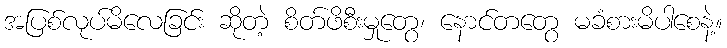
အပြစ်လုပ်မိလေခြင်း ဆိုတဲ့ စိတ်ဖိစီးမှုတွေ၊ နောင်တတွေ မခံစားမိပါစေနဲ့။